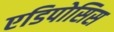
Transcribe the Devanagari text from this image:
एडिपोसिस